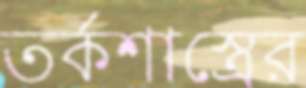
তর্কশাস্ত্রের